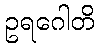
ဥရဂေါတိ